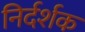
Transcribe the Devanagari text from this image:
निर्दर्शक